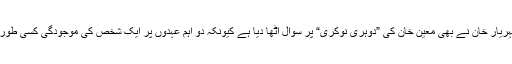
پی سی بی کے سربراہ شہریار خان نے بھی معین خان کی ”دوہری نوکری“ پر سوال اٹھا دیا ہے کیونکہ دو اہم عہدوں پر ایک شخص کی موجودگی کسی طور پر بھی درست نہیں ہے۔